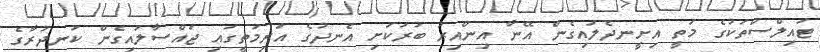
ޓައިލްސްތަކުގެ މަތީ އިށީނދެލައިގެން އޭނާ އިންއިރު ބުރަކަށި އެނދުގެ އަރިމަތީގައި ޖައްސާލައިގެން ކަނދުރާގެ